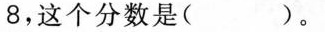
这个分数是( )。